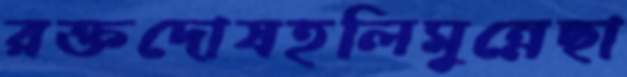
রক্তদোষহলিমুন্নেছা